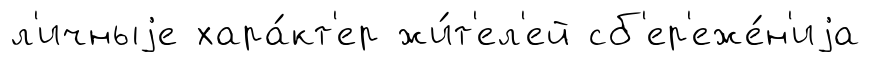
л'ичныjе хара́кт'ер жи́т'ел'ей сб'ер'еже́н'иjа